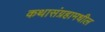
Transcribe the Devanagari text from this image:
कथासंग्रहामधील